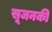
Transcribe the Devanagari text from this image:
सूजनकी